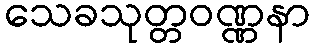
သေခသုတ္တဝဏ္ဏနာ